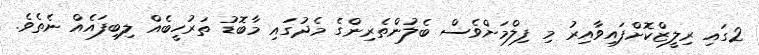
2ގައި ރިލީޒްކޮށްފައިވާއިރު މި ފިލްމަށްވެސް ބެލުންތެރިންގެ މެދުގައި މާބޮޑު ތަރުހީބެއް ލިބިފައެއް ނެތެވެ.